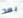
بعد